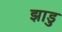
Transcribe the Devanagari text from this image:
झाडु